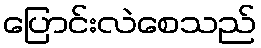
ပြောင်းလဲစေသည်